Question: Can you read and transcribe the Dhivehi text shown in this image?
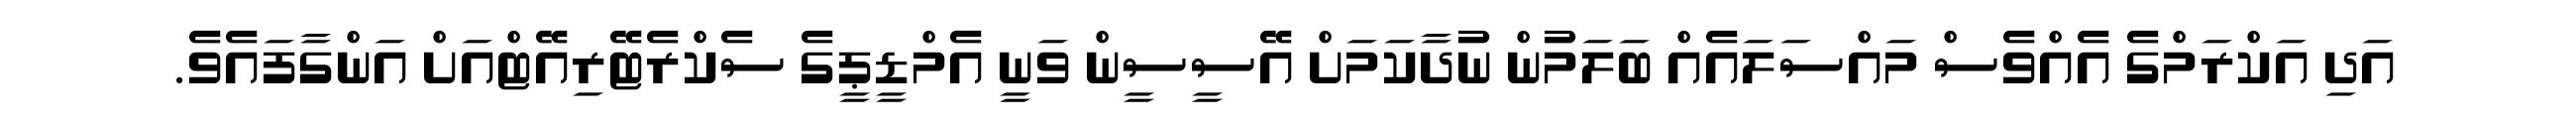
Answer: އަދި އަކްރަމްގެ އެއްވެސް މައްސަލައެއް ބަލަމުން ނުދާކަމަށް އޭސީސީން ވަނީ އެމްޑީޕީގެ ސެކްރެޓޭރިއޭޓްއަށް އަންގާފައެވެ.